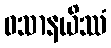
ဝသာနယိဿံ